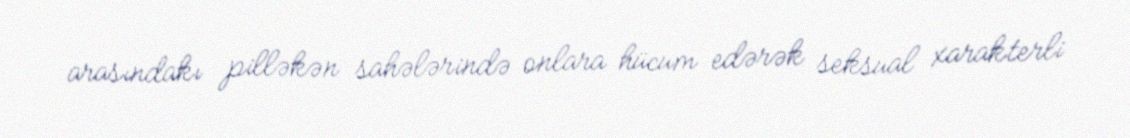
arasındakı pilləkən sahələrində onlara hücum edərək seksual xarakterli